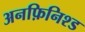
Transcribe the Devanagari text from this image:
अनफ़िनिश्ड